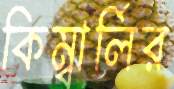
কিম্বার্লির